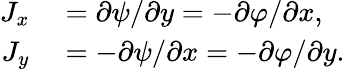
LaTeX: \begin{array}{rl}{J_{x}}&{{}=\partial\psi/\partial y=-\partial\varphi/\partial x,}\\ {J_{y}}&{{}=-\partial\psi/\partial x=-\partial\varphi/\partial y.}\end{array}